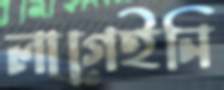
লাগেইনি